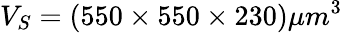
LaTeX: V_{S}=(550\times 550\times 230)\mu m^{3}